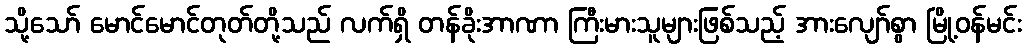
သို့သော် မောင်မောင်တုတ်တို့သည် လက်ရှိ တန်ခိုးအာဏာ ကြီးမားသူများဖြစ်သည့် အားလျော်စွာ မြို့ဝန်မင်း